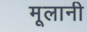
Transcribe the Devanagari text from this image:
मूलानी